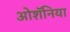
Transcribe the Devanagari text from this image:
ओशॅनिया